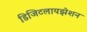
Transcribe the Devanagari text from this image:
डिजिटलायझेशन